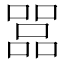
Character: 𠾅